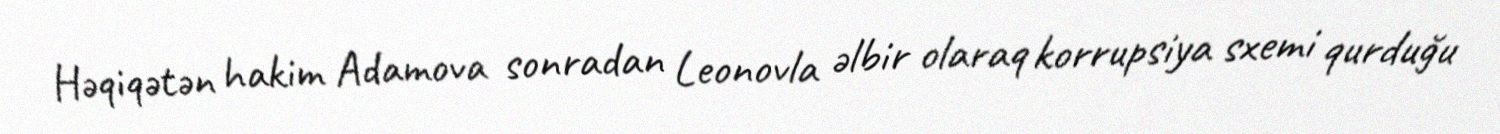
Həqiqətən hakim Adamova sonradan Leonovla əlbir olaraq korrupsiya sxemi qurduğu